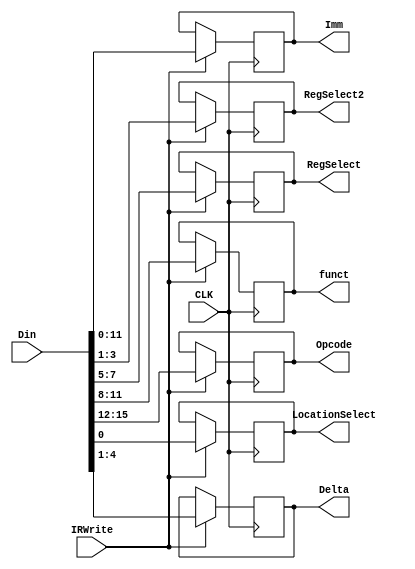
`timescale 1ns / 1ps
//////////////////////////////////////////////////////////////////////////////////
// Company: 
// Engineer: 
// 
// Design Name: 
// Module Name:    IRReg_withControl 
// Project Name: 
// Target Devices: 
// Tool versions: 
// Description: 
//
// Dependencies: 
//
// Revision: 
// Revision 0.01 - File Created
// Additional Comments: 
//
//////////////////////////////////////////////////////////////////////////////////
module IRReg_withControl(
      input [15:0] Din,
    input CLK,
	 input IRWrite,
    output reg [2:0] RegSelect,
    output reg[2:0] RegSelect2,
    output reg [11:0] Imm,
    output reg[3:0] Delta,
    output reg LocationSelect,
	 output reg [3:0] Opcode,
	 output reg [3:0] funct
    );
	 
always @ (negedge (CLK))begin
	if(IRWrite == 1)begin
		RegSelect <= Din[7:5];
		RegSelect2<= Din[3:1];
		Imm <= Din[11:0];
		Delta <= Din[4:1];
		LocationSelect <= Din[0];
		Opcode <= Din[15:12];
		funct <= Din[11:8];
	end
	end
endmodule